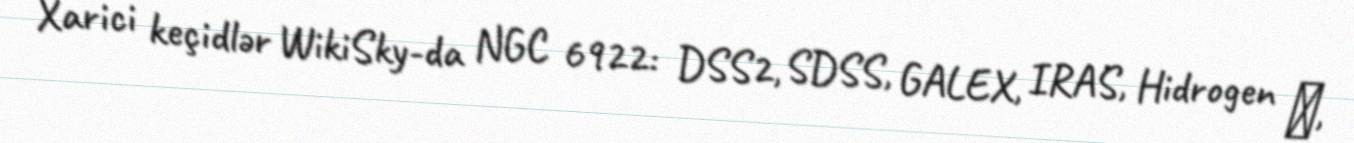
Xarici keçidlər WikiSky-da NGC 6922: DSS2, SDSS, GALEX, IRAS, Hidrogen α,